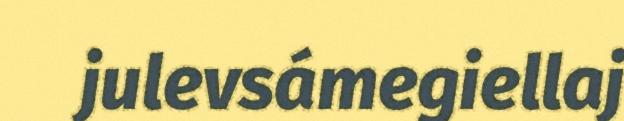
julevsámegiellaj